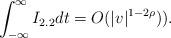
LaTeX: \begin{align*}\int_{-\infty}^{\infty}I_{2.2}dt=O(|v|^{1-2\rho})).\end{align*}